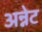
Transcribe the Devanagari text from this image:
अन्नेट